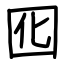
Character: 囮